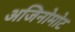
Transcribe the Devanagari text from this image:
अजिनोमोट